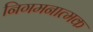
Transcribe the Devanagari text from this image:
निगमनात्‍मक